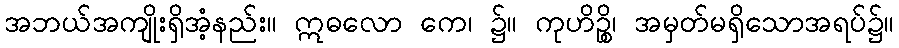
အဘယ်အကျိုးရှိအံ့နည်း။ ဣဓလော ကေ၊ ၌။ ကုဟိဉ္စိ၊ အမှတ်မရှိသောအရပ်၌။